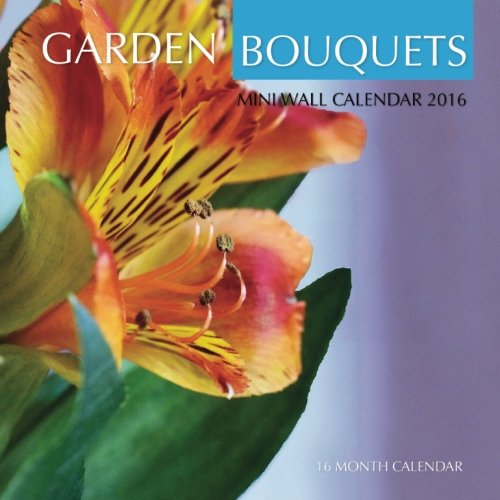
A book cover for Garden Bouquets Mini Wall Calendar 2016: 16 Month Calendar; Jack Smith; Calendars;